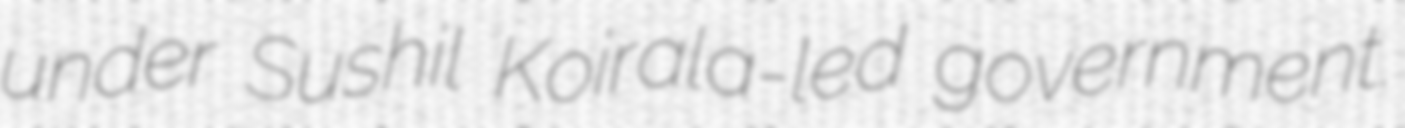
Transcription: under Sushil Koirala-led government.